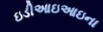
ઇડીઆઇઆઇના